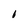
Character: I